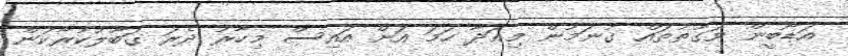
އަޑޯބީން ވަގުތުތައް ގުނަމުން މިއަދާ ހަމަ އަށް އައިސް މިހާރު ދެރަ ގަބޫލުކުރާކަން